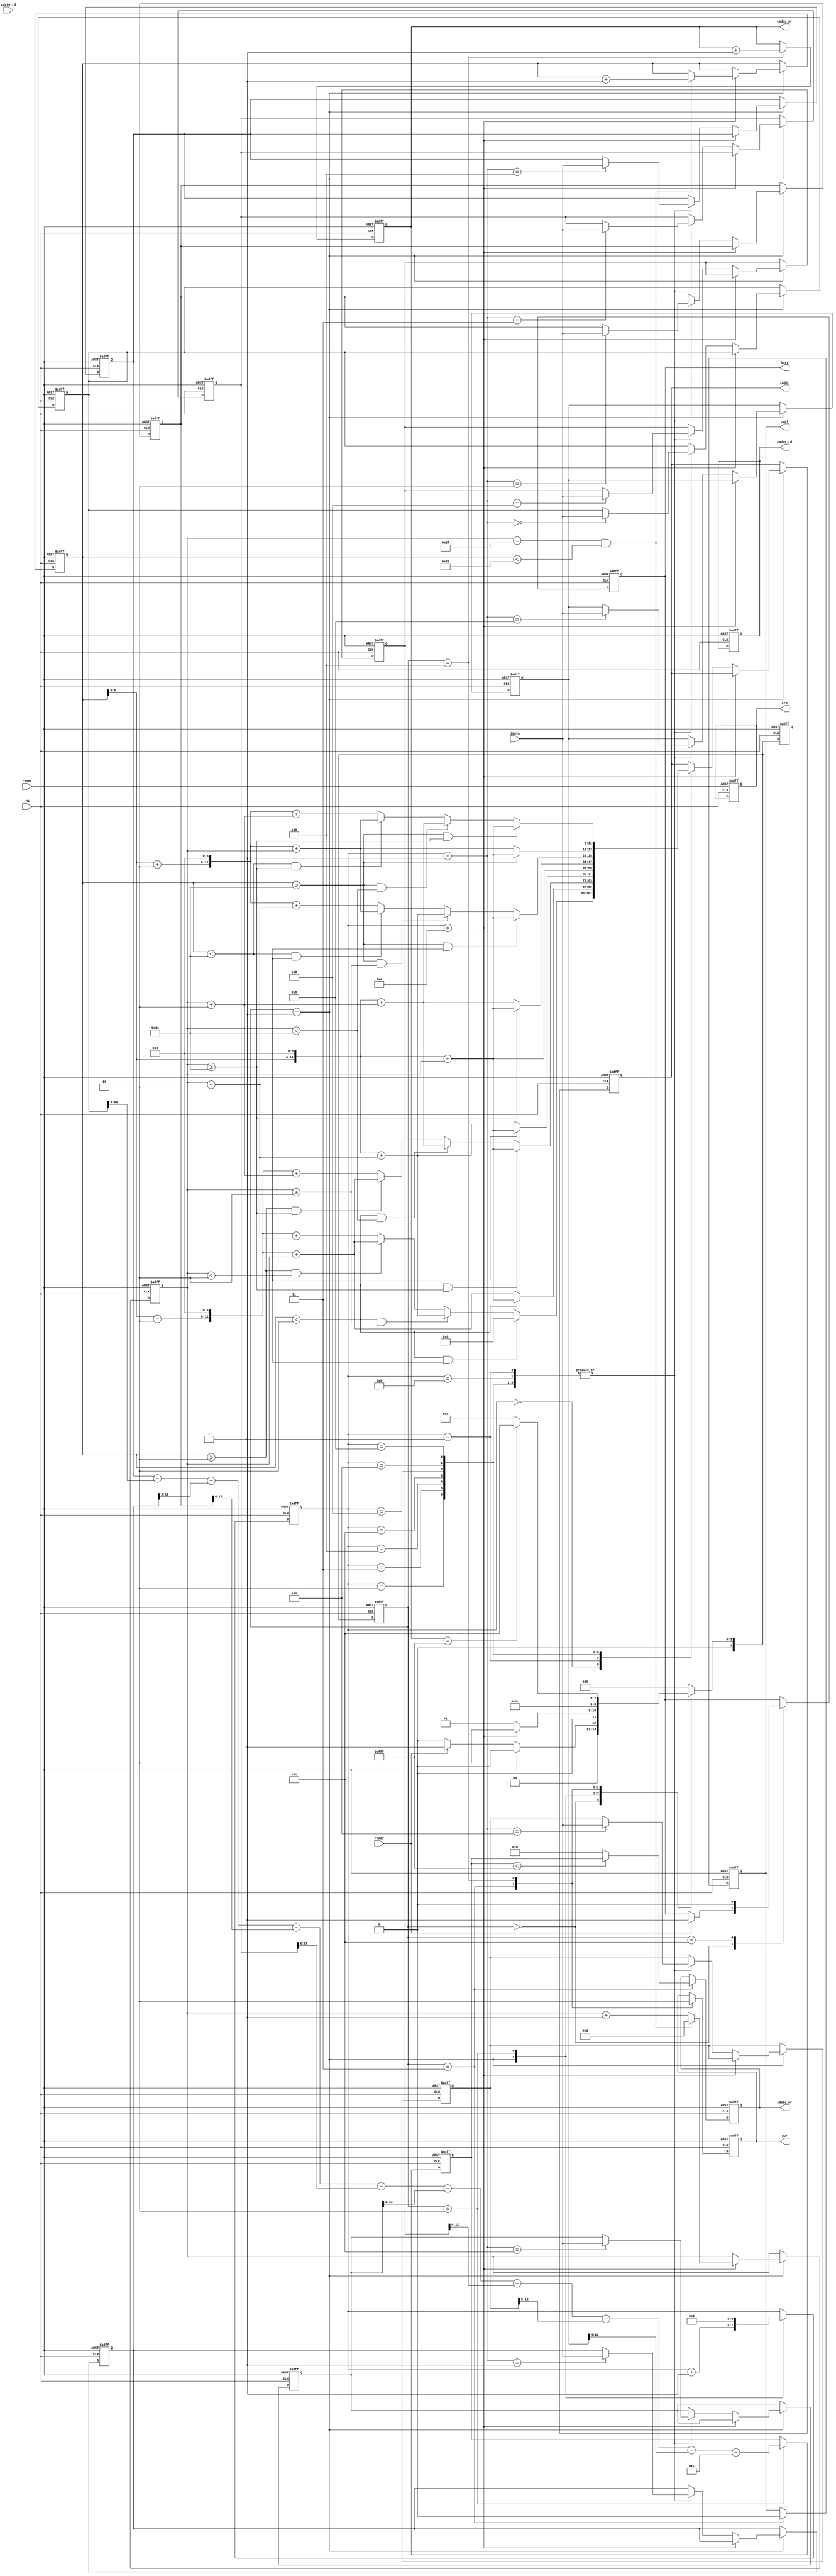
`timescale 1ns/10ps
module  ATCONV(
	input		clk,
	input		reset,
	output	reg	busy,	
	input		ready,			
	output reg	[11:0]	iaddr,
	input signed [12:0]	idata,
	output	reg 	cwr,
	output  reg	[11:0]	caddr_wr,
	output reg 	[12:0] 	cdata_wr,
	output	reg 	crd,
	output reg	[11:0] 	caddr_rd,
	input 	[12:0] 	cdata_rd,
	output reg 	csel
	);

    integer i;
    parameter cold = 4'd0, read_img_padding = 4'd1, conv_relu = 4'd2, outl0=4'd3, re_init=4'd4, read_mem=4'd5;
    reg[3:0] state, nextstate;
    reg[3:0] counter;
    reg[12:0] buffer1 [0:8];
    reg[12:0] data_buffer0;
    reg[11:0] row, col, temp; //temp is the value of 2-dim addr to 1 dim
    always@(*)begin 
        case(state)
            cold:begin
                if(reset) nextstate=cold;
				else if(ready) nextstate=read_img_padding;
				else nextstate=cold;
            end
            read_img_padding:begin
                if(counter==4'd10) nextstate=conv_relu;
                else nextstate=read_img_padding;
            end
            conv_relu:begin
                nextstate=outl0;             
            end
            outl0:begin
                nextstate=re_init;
            end
            re_init:begin
                if(caddr_wr==12'd4095) nextstate=read_mem;
                else nextstate=read_img_padding;
            end
            read_mem:nextstate=cold;
            default: nextstate=cold;
        endcase
    end

    always@(posedge clk or posedge reset)begin
        if(reset)begin
            data_buffer0<=13'd0;
            temp<=4'd0;
            row<=12'd0;
            col<=12'd0;
            counter<=4'd0;
            state<=cold;
            nextstate<=cold;
            busy<=1'd0;
			iaddr<=12'd0;
			crd<=1'd0;
			cwr<=1'd0;
			csel<=1'd0;
			caddr_wr<=12'd0;
			cdata_wr<=13'd0;
			caddr_rd<=12'd0;
            for(i=0;i<9;i=i+1) buffer1[i]<=13'd0;
        end
        else begin
            state<=nextstate;
            case(state)
                cold:begin
                    if(ready) busy<=1'd1;
					else busy<=busy;
                end
                read_img_padding:begin
                    counter<=counter+4'd1; //buffer-addr
                    temp<=(row<<6)+col;
                    if(counter==4'd10)begin 
                        if((col==12'd63)&(row<12'd64))begin //buffer batch center mem addr
							row<=row+12'd1;
							col<=12'd2;
						end else col<=col+12'd1;
                    end else begin
                        case(counter)
                            4'd0:begin 
                                if((row<2)&(col<2)) iaddr<=12'd0; //top-left corner
                                else if((row<2)&(col>=2)) iaddr<=(row<<6)+(col-12'd2); // top side                                  
                                else if((row>=2)&(col<2)) iaddr<=((row-12'd2)<<6)+col; //buttom left side
                                else iaddr<=((row-12'd2)<<6)+(col-12'd2);
                            end
                            4'd1:begin
                                buffer1[counter-4'd1]<=idata;
                                if((row<2)) iaddr<=(row<<6)+col;  //top side                                                                   
                                else iaddr<=((row-12'd2)<<6)+col;                                                                    
                            end
                            4'd2:begin
                                buffer1[counter-4'd1]<=idata;
                                if((row<2)&(col>=62)) iaddr<=(row<<6)+col; //top-right corner  
                                else if((row<2)&(col<62)) iaddr<=(row<<6)+(col+12'd2); //top side
                                else if((row>=2)&(col>=62)) iaddr<=((row-12'd2)<<6)+col; //buttom right                                   
                                else iaddr<=((row-12'd2)<<6)+(col+12'd2);                               
                            end
                            4'd3:begin
                                buffer1[counter-4'd1]<=idata;
                                if((col<2)) iaddr<=(row<<6)+col;                                                                  
                                else iaddr<=(row<<6)+(col-12'd2);                                           
                            end
                            4'd4:begin
                                buffer1[counter-4'd1]<=idata;
                                iaddr<=(row<<6)+col;                                
                            end
                            4'd5:begin
                                buffer1[counter-4'd1]<=idata;
                                if((col>=62)) iaddr<=(row<<6)+col;                                   
                                else iaddr<=(row<<6)+(col+12'd2);                               
                            end
                            4'd6:begin
                                buffer1[counter-4'd1]<=idata;
                                if((row>=62)&(col<2)) iaddr<=(row<<6)+col;//buttom-left corner   
                                else if((row>=62)&(col>=2)) iaddr<=(row<<6)+(col-12'd2);//buttom side
                                else if((row<62)&(col<2)) iaddr<=((row+12'd2)<<6)+col;                                                                     
                                else iaddr<=((row+12'd2)<<6)+(col-12'd2);                                   
                            end
                            4'd7:begin 
                                buffer1[counter-4'd1]<=idata;
                                if((row>=62)) iaddr<=(row<<6)+col;  
                                else iaddr<=((row+12'd2)<<6)+col;                                                                   
                            end
                            4'd8:begin
                                buffer1[counter-4'd1]<=idata;
                                if((row>=62)&(col>=62)) iaddr<=(row<<6)+col;//buttom right corner          
                                else if((row>=62)&(col<62)) iaddr<=(row<<6)+(col+12'd2);//buttom side                                   
                                else if((row<62)&(col>=62)) iaddr<=((row+12'd2)<<6)+col;//right side                                   
                                else iaddr<=((row+12'd2)<<6)+(col+12'd2); 
                            end
                            4'd9:buffer1[counter-4'd1]<=idata; 
                            default:iaddr<=iaddr;
                        endcase
                    end                  
                end
                conv_relu:begin
                    counter<=4'd0;
                    data_buffer0<=(buffer1[4]-
                    (buffer1[0]>>4)-(buffer1[1]>>3)-(buffer1[2]>>4)-
                    (buffer1[3]>>2)-(buffer1[5]>>2)-
                    (buffer1[6]>>4)-(buffer1[7]>>3)-(buffer1[8]>>4)-
                    13'b0000000001100);  
                end
                outl0:begin
                    csel<=1'd0;
                    cwr<=1'd1;
                    if(data_buffer0<13'b0111111111111) cdata_wr<=data_buffer0;
                    else cdata_wr<=13'd0;    
                end
                re_init:begin
                    cwr<=1'd0;
                    caddr_wr<=caddr_wr+1'd1;
                end
                read_mem:begin
                    busy<=1'd0;
                end
            endcase
        end
    end
endmodule